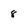
Character: 8